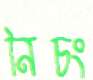
নিচং